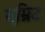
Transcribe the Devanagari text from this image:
एम्रिट